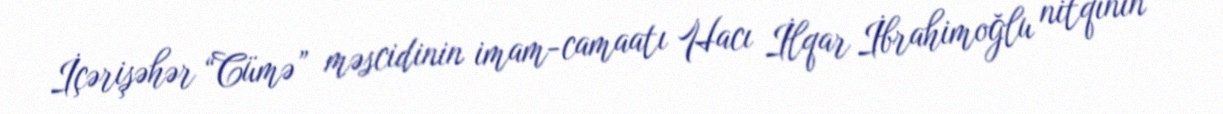
İçərişəhər “Cümə” məscidinin imam-camaatı Hacı İlqar İbrahimoğlu nitqinin